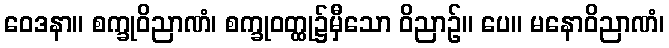
ဝေဒနာ။ စက္ခုဝိညာဏံ၊ စက္ခုဝတ္ထု၌မှီသော ဝိညာဉ်။ ပေ။ မနောဝိညာဏံ၊